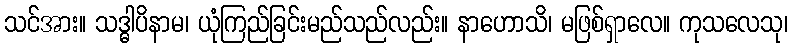
သင်အား။ သဒ္ဓါပိနာမ၊ ယုံကြည်ခြင်းမည်သည်လည်း။ နာဟောသိ၊ မဖြစ်ရှာလေ။ ကုသလေသု၊